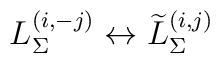
L_\Sigma^{(i,-j)}\leftrightarrow\widetilde{L}_\Sigma^{(i,j)}